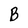
Character: B